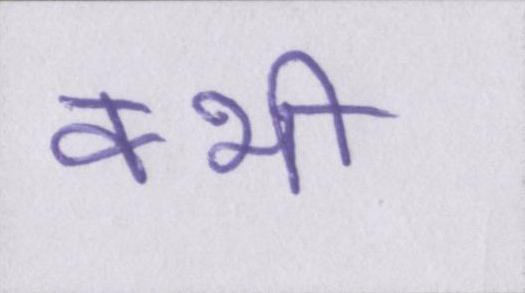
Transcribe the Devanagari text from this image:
क्भी